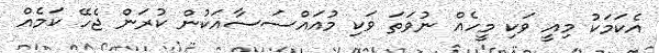
އެކަމަކު މިއީ ވަކި މީހެއް ނުވަތަ ވަކި މުއައްސަސާއަކުން ކުރަން ޖެހޭ ކަމެއް